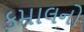
કમાલનો